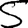
Digit: 5